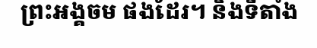
ព្រះអង្គចម ផងដែរ។ និងទីតាំង